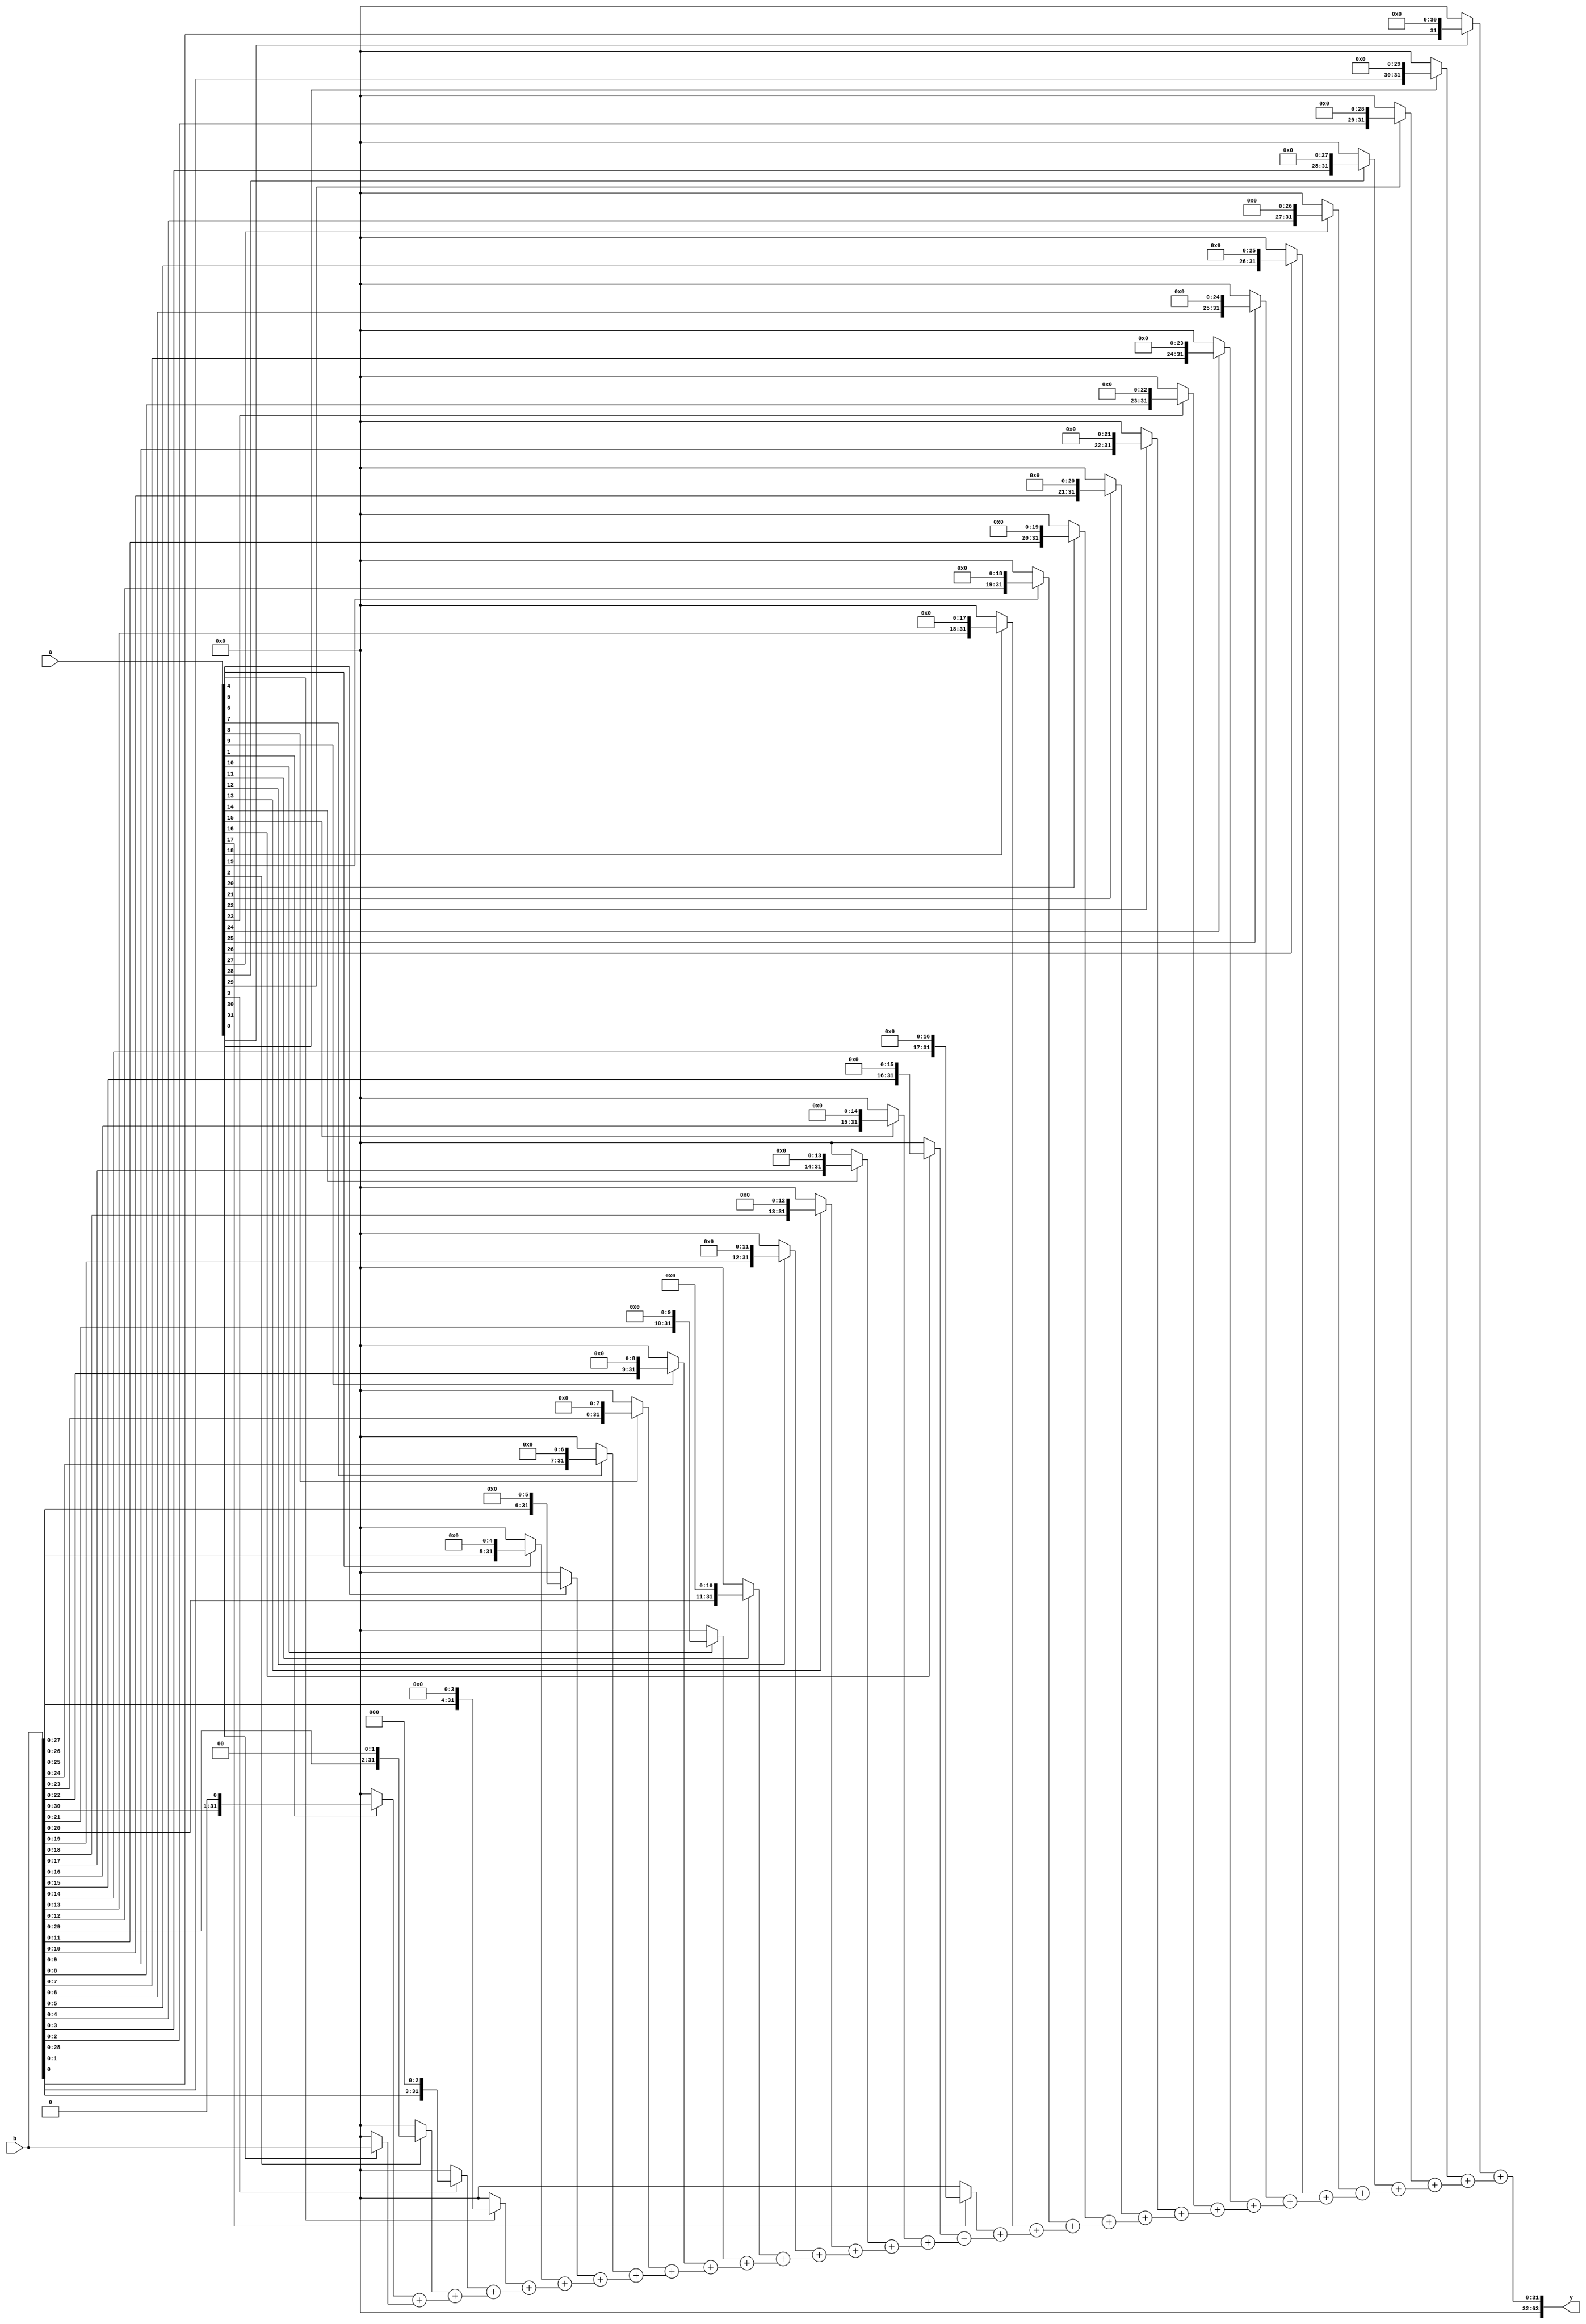
module array_multiplier(a,b,y);
input[31:0]a,b;
output[63:0]y;
parameter size=32;  //32-bit multiplier
wire [(size*size)-1:0] inter;


assign inter[size-1:0]=a[0]?b:0 ;
genvar i;
generate 
for(i=1;i<size;i=i+1)
//begin :gen
assign inter[size*(i+1)-1:size*i]=(a[i]?b<<i:0)+inter[(size*i)-1:size*(i-1)];
//end
endgenerate

assign y=inter[(size*size)-1:size*(size-1)];
endmodule




module tb;
reg [31:0]a,b;
wire[63:0]y;
array_multiplier a1(a,b,y);

initial begin
$monitor("a=%d  b=%d  y=%d",a,b,y);
a=32'd1232;b=32'd46647;#50;
a=32'd32;b=32'd47;#50;
a=32'd23;b=32'd46;#50;
a=32'd100;b=32'd100;#50;
a=32'd570;b=32'd540;#50;
end
endmodule